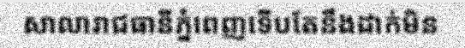
សាលារាជធានីភ្នំពេញទើបតែនឹងដាក់មិន